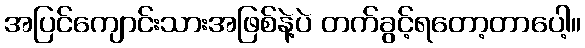
အပြင်ကျောင်းသားအဖြစ်နဲ့ပဲ တက်ခွင့်ရတော့တာပေါ့။